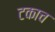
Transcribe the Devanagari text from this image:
टकाच